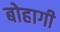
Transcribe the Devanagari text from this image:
बोहागी